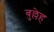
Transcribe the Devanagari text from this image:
बुल्लेह